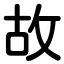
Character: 故